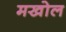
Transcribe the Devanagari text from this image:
मखोल